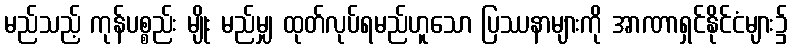
မည်သည့် ကုန်ပစ္စည်း မျိုး မည်မျှ ထုတ်လုပ်ရမည်ဟူသော ပြဿနာများကို အာဏာရှင်နိုင်ငံများ၌